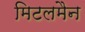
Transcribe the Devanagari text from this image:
मिटलमैन